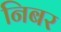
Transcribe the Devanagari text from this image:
निबर